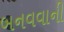
બનવવાની